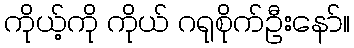
ကိုယ့်ကို ကိုယ် ဂရုစိုက်ဦးနော်။